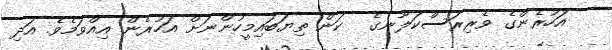
އަހުރެންގެ ވެރިރަސްކަލާނގެ  ކަން ތިޔަބައިމީހުންނަށް އަހުރެން އިއްވަމެވެ. އަދި